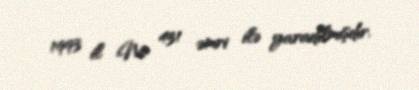
1993 il № 431 əmri ilə yaradılmışdır.